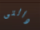
والتى